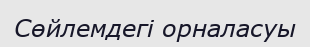
Сөйлемдегі орналасуы